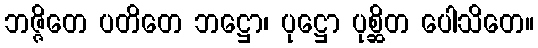
ဘဇ္ဇိတေ ပတိတေ ဘဋ္ဌော၊ ပုဋ္ဌော ပုစ္ဆိတ ပေါသိတေ။